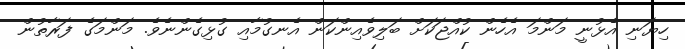
ހިޔަނި އެޅުނީ މަންމަ އެހެން ކުއްޖަކަށް ބަލިވެއިންކަން އެނގުމާއި ގުޅިގެންނެވެ. މަންމަގެ ފަރާތުން